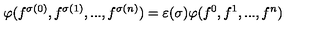
\varphi ( f ^ { \sigma ( 0 ) } , f ^ { \sigma ( 1 ) } , . . . , f ^ { \sigma ( n ) } ) = \varepsilon ( \sigma ) \varphi ( f ^ { 0 } , f ^ { 1 } , . . . , f ^ { n } )